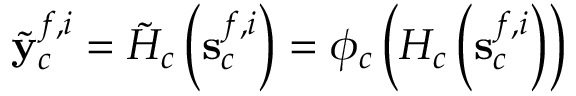
{ \tilde { \mathbf { y } } } _ { c } ^ { f , i } = { \tilde { { \cal { H } } } _ { c } } \left( { \mathbf { s } } _ { c } ^ { f , i } \right) = \phi _ { c } \left( { { \cal { H } } } _ { c } \left( { \mathbf { s } } _ { c } ^ { f , i } \right) \right)